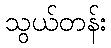
သွယ်တန်း